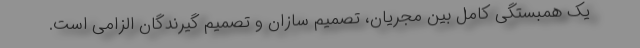
یک همبستگی کامل بین مجریان، تصمیم سازان و تصمیم گیرندگان الزامی است.